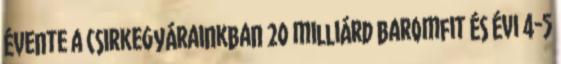
évente a csirkegyárainkban 20 milliárd baromfit és évi 4-5